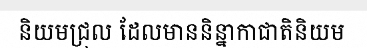
និយមជ្រុល ដែលមាននិន្នាកាជាតិនិយម